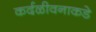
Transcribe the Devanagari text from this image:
कर्दळीवनाकडे